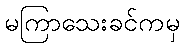
မကြာသေးခင်ကမှ